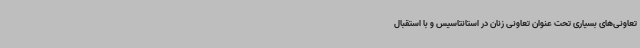
تعاونی‌های بسیاری تحت عنوان تعاونی زنان در استانتاسیس و با استقبال